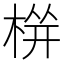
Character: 𱣫